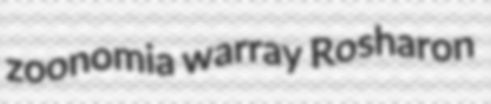
zoonomia warray Rosharon